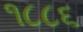
૧૮૮૬